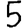
Digit: 5